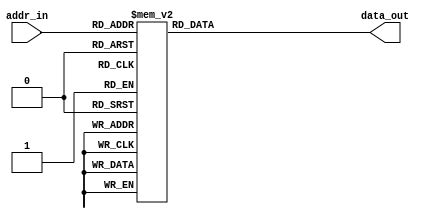
module rom_lut(addr_in, data_out);


//parameter CCA = 1;
//parameter CCB = 2;
//parameter CCC = 4;
//parameter CCD = 8;

//parameter C0 = 0;
//parameter C1 = CCA;
//parameter C2 = CCB;
//parameter C3 = CCA+CCB;
//parameter C4 = CCC;
//parameter C5 = CCC+CCA;
//parameter C6 = CCC+CCB;
//parameter C7 = CCC+CCA+CCB;
//parameter C8 = CCD;
//parameter C9 = CCD+CCA;
//parameter CA = CCD+CCB;
//parameter CB = CCD+CCA+CCB;
//parameter CC = CCD+CCC;
//parameter CD = CCD+CCC+CCA;
//parameter CE = CCD+CCC+CCB;
//parameter CF = CCD+CCC+CCB+CCA;

parameter C0 = 0;
parameter C1 = 1;
parameter C2 = 2;
parameter C3 = 3;
parameter C4 = 4;
parameter C5 = 5;
parameter C6 = 6;
parameter C7 = 7;
parameter C8 = 8;
parameter C9 = 9;
parameter CA = 10;
parameter CB = 11;
parameter CC = 12;
parameter CD = 13;
parameter CE = 14;
parameter CF = 15;

parameter DATA_WIDTH = 4;

input [3:0] addr_in;
output [DATA_WIDTH-1:0] data_out;

wire [3:0] addr_in;
reg  [DATA_WIDTH-1:0] data_out;
always @(addr_in)
begin
  case (addr_in)
    4'h0 : data_out <= C0;
    4'h1 : data_out <= C1;
    4'h2 : data_out <= C2;
    4'h3 : data_out <= C3;
    4'h4 : data_out <= C4;
    4'h5 : data_out <= C5;
    4'h6 : data_out <= C6;
    4'h7 : data_out <= C7;
    4'h8 : data_out <= C8;
    4'h9 : data_out <= C9;
    4'ha : data_out <= CA;
    4'hb : data_out <= CB;
    4'hc : data_out <= CC;
    4'hd : data_out <= CD;
    4'he : data_out <= CE;
    4'hf : data_out <= CF;
  endcase
end

endmodule